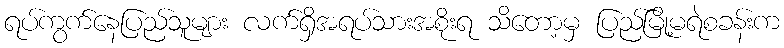
ရပ်ကွက်နေပြည်သူများ လက်ရှိအရပ်သားအစိုးရ သိတော့မှ ပြည်မြို့မရဲစခန်းက